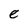
Character: e